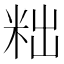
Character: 𮇑